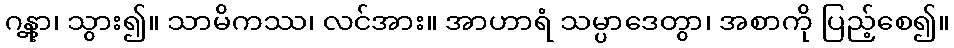
ဂန္တွာ၊ သွား၍။ သာမိကဿ၊ လင်အား။ အာဟာရံ သမ္ပာဒေတွာ၊ အစာကို ပြည့်စေ၍။